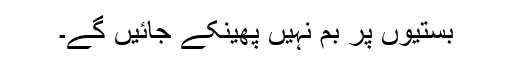
بستیوں پر بم نہیں پھینکے جائیں گے۔